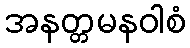
အနတ္တမနဝါစံ